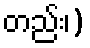
တည်း၊)